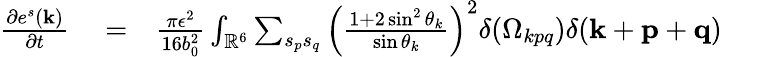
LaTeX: \begin{array}{rlr}{\frac{\partial e^{s}({\mathbf k})}{\partial t}}&{{}=}&{\frac{\pi\epsilon^{2}}{16b_{0}^{2}}\int_{{\mathbb{R}}^{6}}\sum_{s_{p}s_{q}}\left(\frac{1+2\sin^{2}\theta_{k}}{\sin\theta_{k}}\right)^{2}\delta(\Omega_{kpq})\delta({\mathbf k}+{\mathbf p}+{\mathbf q})\quad\quad}\end{array}